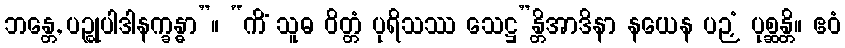
ဘန္တေ, ပဉ္စုပါဒါနက္ခန္ဓာ”။ “ကိံ သူဓ ဝိတ္တံ ပုရိသဿ သေဋ္ဌ”န္တိအာဒိနာ နယေန ပဉှံ ပုစ္ဆန္တိ။ ဧဝံ